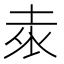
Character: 𭎕